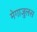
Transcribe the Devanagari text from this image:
मेगाजुलस